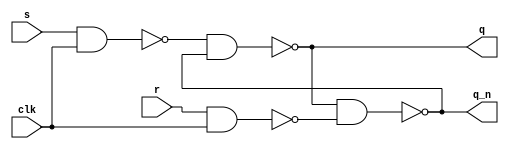
// ---------------------------------------------------------
//                 SR Latch based DFF Design
// Course: practice in digital logic design
// Assignment: week3 assignment A1
// --------------------- list ---------------------
// A2 : 4-bit Counter Design
// ---------------------------------------------------------

// ------------------------------------------------------
// A1 : SR Latch based DFF Design (Gate Level Description)
// ------------------------------------------------------
module sr_slave (	q, q_n, s, r, clk	)	;

output	q	;
output	q_n	;
input	s	;
input	r	;
input	clk	;

wire	node1	;
wire	node2	;

nand	NAND_1(	node1, s, clk	)	;	// node1
nand	NAND_2(	node2, r, clk	)	;	// node2
nand	NAND_3( q, node1, q_n	)	;	// q
nand	NAND_4(	q_n, q, node2	)	;	// q_n

endmodule

module master_dff (	s, r, d, clk		)	;

output	s	;
output	r	;
input	d	;
input	clk	;

wire	d_n	;

not 		NOT_1		(	d_n, d	)	;
sr_slave	sr_1	(	s, r, d, d_n, clk	)	;

endmodule

module dff_sr(	q, q_n, d, clk	)	;	// "negative" edge triggerd d flip flop

output	q	;
output	q_n	;
input	d	;
input	clk	;

wire	node1	;
wire	node2	;
wire	clk_n	;

not	NOT_1	(	clk_n, clk		)	;
master_dff	dff_1	(	node1, node2, d, clk	)	;
sr_slave	sr_1	(	q, q_n, node1, node2, clk_n	);

endmodule

// ------------------------------------------------
// A2 : 4-bit Counter Design
// ------------------------------------------------
module dff_pos 	(	q, q_n, d, rst_n, clk	)	; // positive edge triggered d flip flop with reset

output	q	;
output	q_n	;
input	d	;
input	rst_n	;
input	clk	;

reg	q	;
reg	q_n	;
wire	q_temp	;
wire	q_n_temp;

always	@(posedge clk or negedge rst_n) begin
	if (rst_n == 1'b0) begin
		q <= 1'b0; $display("asdf\t");
	end
	else begin $display("dddd\t");	end
	q_n <= ~q;
end

assign {q_temp, q_n_temp} = {q, q_n};

dff_sr	dff_0	( .q ( q_temp ), .q_n ( q_n_temp ), .d ( d ), .clk ( clk ));

endmodule

// ------------------------------------------------
// A2 : 4-bit Counter Design
// ------------------------------------------------

module counter_4 (	q, rst_n, clk	);

output	[3:0]	q	;
input		rst_n	;
input		clk	;
wire	[3:0]	q_n	;

dff_pos	dff_1	( .q ( q[0] ), .q_n ( q_n[0] ), .d ( q_n[0] ), .rst_n ( rst_n ), .clk ( clk )); // negative edge triggered >> positive edge triggered (clk)
dff_pos	dff_2	( .q ( q[1] ), .q_n ( q_n[1] ), .d ( q_n[1] ), .rst_n ( rst_n ), .clk ( q_n[0] ));// negative edge triggered >> positive edge triggered (clk)
dff_pos	dff_3	( .q ( q[2] ), .q_n ( q_n[2] ), .d ( q_n[2] ), .rst_n ( rst_n ), .clk ( q_n[1] ));// negative edge triggered >> positive edge triggered (clk)
dff_pos	dff_4	( .q ( q[3] ), .q_n ( q_n[3] ), .d ( q_n[3] ), .rst_n ( rst_n ), .clk ( q_n[2] ));// negative edge triggered >> positive edge triggered (clk)

endmodule